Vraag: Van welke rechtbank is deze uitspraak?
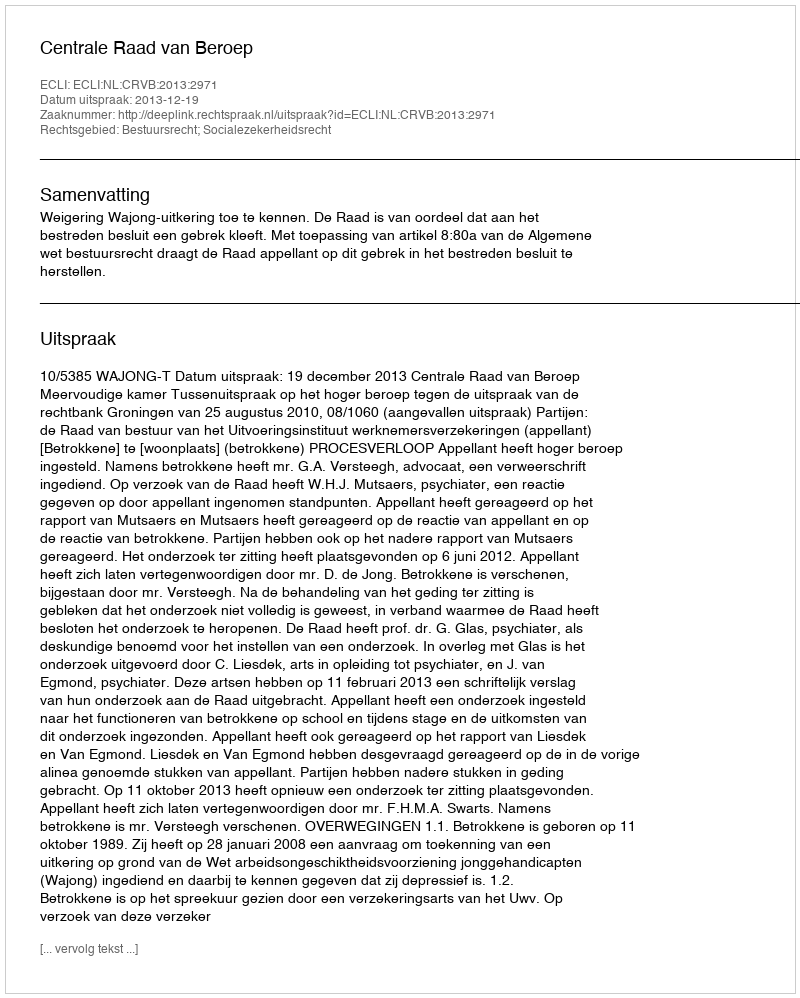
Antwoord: Centrale Raad van Beroep